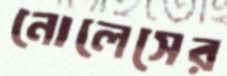
নোলেসের